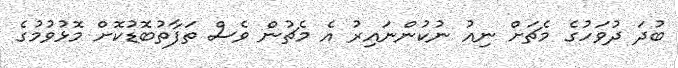
ބުދަ ދުވަހުގެ މެޗަށް ނިއު ނުކުންނައިރު އެ މެޗުން ވެސް ތަފާތުބޮޑުކޮށް މޮޅުވުމުގެ